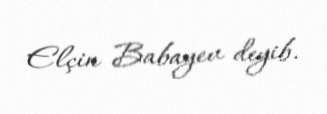
Elçin Babayev deyib.